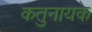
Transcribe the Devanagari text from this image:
कतुनायके